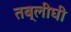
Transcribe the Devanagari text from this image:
तब्लीघी